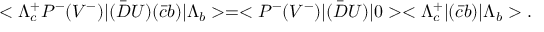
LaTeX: < \Lambda _ { c } ^ { + } P ^ { - } ( V ^ { - } ) | ( \bar { D } U ) ( \bar { c } b ) | \Lambda _ { b } > = < P ^ { - } ( V ^ { - } ) | ( \bar { D } U ) | 0 > < \Lambda _ { c } ^ { + } | ( \bar { c } b ) | \Lambda _ { b } > . \;